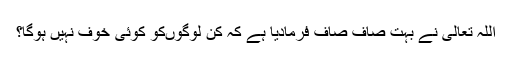
اللہ تعالی نے بہت صاف صاف فرمادیا ہے کہ کن لوگوں‌کو کوئی خوف نہیں‌ ہوگا؟